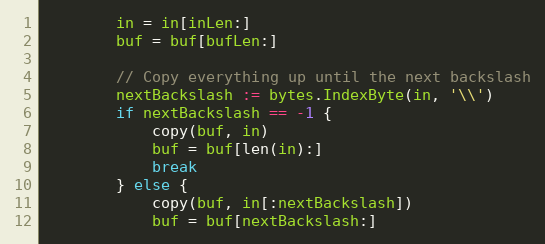
Language: Go
		in = in[inLen:]
		buf = buf[bufLen:]

		// Copy everything up until the next backslash
		nextBackslash := bytes.IndexByte(in, '\\')
		if nextBackslash == -1 {
			copy(buf, in)
			buf = buf[len(in):]
			break
		} else {
			copy(buf, in[:nextBackslash])
			buf = buf[nextBackslash:]